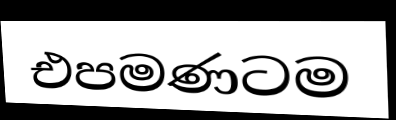
එපමණටම